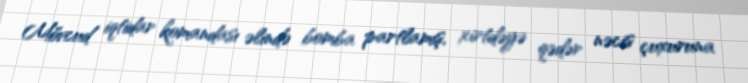
Mövcud iqtidar komandası əlində bomba partlamış, xirtdəyə qədər nəcis çuxuruna